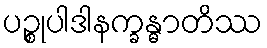
ပဉ္စုပါဒါနက္ခန္ဓာတိဿ